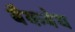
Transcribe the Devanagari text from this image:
बैकबेथ